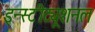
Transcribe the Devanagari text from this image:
इन्स्टीट्यूशनल